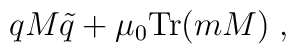
qM\tilde{q} + \mu_0\mbox{Tr}(mM)\;,